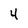
Character: 4